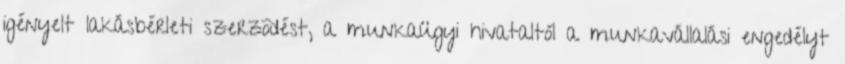
igényelt lakásbérleti szerzõdést, a munkaügyi hivataltól a munkavállalási engedélyt